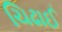
ચિઢાઈ